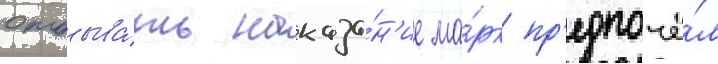
отбыва́ть наказа́н'ие ма́рк пр'едпочё́л